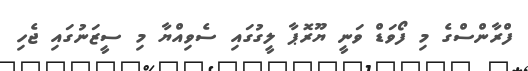
ފްރާންސްގެ މި ފޯވަޑް ވަނީ ޔޫރޮޕާ ލީގުގައި ސެވިއްޔާ މި ސީޒަނުގައި ޖެހި